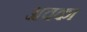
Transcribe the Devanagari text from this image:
अवका